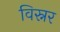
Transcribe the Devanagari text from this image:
विस्नर